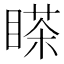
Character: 𰥸